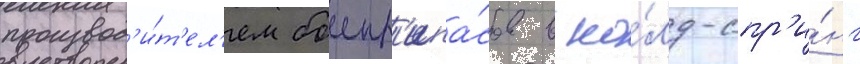
производ'и́т'ел'ем боепр'ипа́сов в ко́лд-спр'и́нг